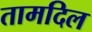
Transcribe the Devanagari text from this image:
तामदिल